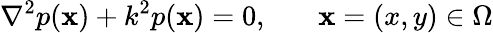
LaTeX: \nabla^{2}p(\textbf{x})+k^{2}p(\textbf{x})=0,~~~~~~~\textbf{x}=(x,y)\in\Omega